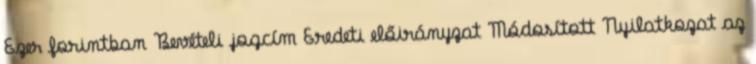
Ezer forintban Bevételi jogcím Eredeti előirányzat Módosított Nyilatkozat az